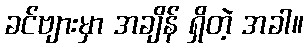
ခင်ဗျားမှာ အချိန် ရှိတဲ့ အခါ။